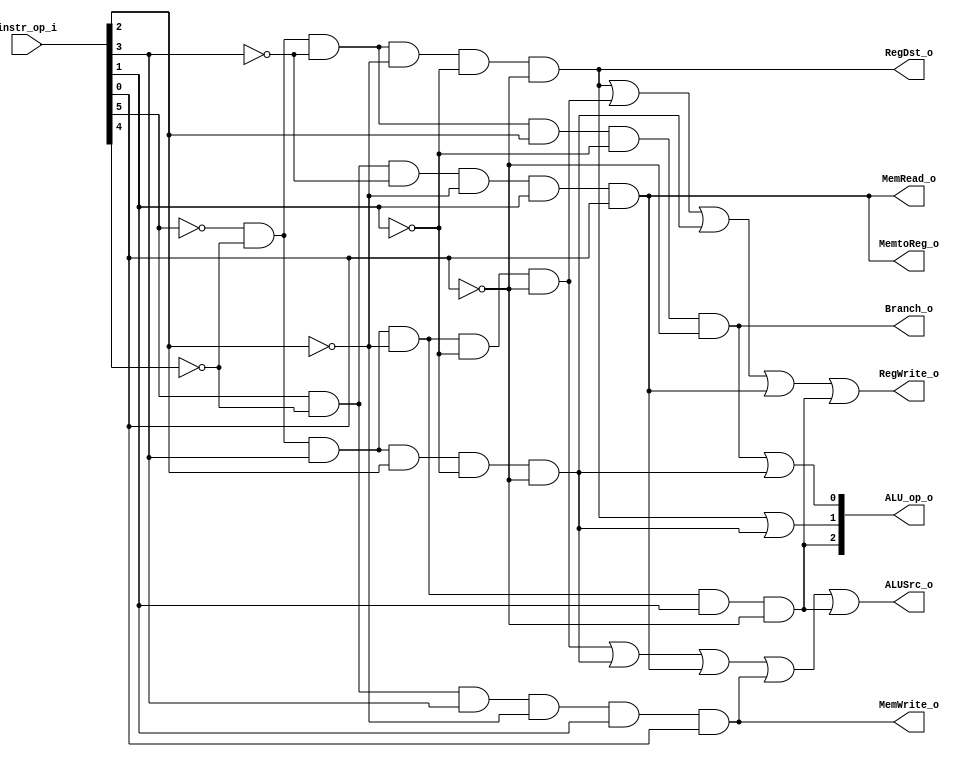
//Subject:     CO project 2 - Decoder
//--------------------------------------------------------------------------------
//Version:     1
//--------------------------------------------------------------------------------
//Writer:      Luke
//----------------------------------------------
//----------------------------------------------
//Description: 
//--------------------------------------------------------------------------------

module Decoder(
    instr_op_i , 

    Branch_o ,
    MemtoReg_o , 
    MemRead_o ,
    MemWrite_o ,
    ALU_op_o , 
    ALUSrc_o ,
	RegWrite_o ,    
	RegDst_o
	);
     
//I/O ports
input  [6-1:0] instr_op_i;


output           Branch_o ;
output           MemtoReg_o ;
output           MemRead_o ;
output           MemWrite_o ;
output  [3-1:0]  ALU_op_o ; 
output           ALUSrc_o ;
output	         RegWrite_o ;    
output           RegDst_o ;
 
//Internal Signals

wire           Branch_o ;
wire           MemtoReg_o ;
wire           MemRead_o ;
wire           MemWrite_o ;
wire  [3-1:0]  ALU_op_o ; 
wire           ALUSrc_o ;
wire	       RegWrite_o ;    
wire           RegDst_o ;

assign Branch_o=((~instr_op_i [5])&(~instr_op_i [4])&(~instr_op_i [3])&(instr_op_i [2])&(~instr_op_i [1])&(~instr_op_i [0])) ;  //000100(beq)                

assign MemtoReg_o=((instr_op_i [5])&(~instr_op_i [4])&(~instr_op_i [3])&(~instr_op_i [2])&(instr_op_i [1])&(instr_op_i [0])); //100011(lw)


assign MemRead_o=((instr_op_i [5])&(~instr_op_i [4])&(~instr_op_i [3])&(~instr_op_i [2])&(instr_op_i [1])&(instr_op_i [0])); //100011(lw)

assign MemWrite_o=((instr_op_i [5])&(~instr_op_i [4])&(instr_op_i [3])&(~instr_op_i [2])&(instr_op_i [1])&(instr_op_i [0])); //101011(sw)



assign ALU_op_o [1]=((~instr_op_i [5])&(~instr_op_i [4])&(~instr_op_i [3])&(~instr_op_i [2])&(~instr_op_i [1])&(~instr_op_i [0]))| //000000
                    ((~instr_op_i [5])&(~instr_op_i [4])&(instr_op_i [3])&(instr_op_i [2])&(~instr_op_i [1])&(~instr_op_i [0])); //, 001100(andi)
					
assign ALU_op_o [0]= ((~instr_op_i [5])&(~instr_op_i [4])&(~instr_op_i [3])&(instr_op_i [2])&(~instr_op_i [1])&(~instr_op_i [0]))|  //000100 (beq)
                     ((~instr_op_i [5])&(~instr_op_i [4])&(instr_op_i [3])&(instr_op_i [2])&(~instr_op_i [1])&(~instr_op_i [0]));//001100(andi)

assign ALU_op_o [2]=((~instr_op_i [5])&(~instr_op_i [4])&(instr_op_i [3])&(~instr_op_i [2])&(instr_op_i [1])&(~instr_op_i [0]));  //001010(slti)



assign ALUSrc_o=((~instr_op_i [5])&(~instr_op_i [4])&(instr_op_i [3])&(~instr_op_i [2])&(~instr_op_i [1])&(~instr_op_i [0])) |  //001000(addi)
                   ((~instr_op_i [5])&(~instr_op_i [4])&(instr_op_i [3])&(instr_op_i [2])&(~instr_op_i [1])&(~instr_op_i [0])) |   //001100(andi)
                   ((instr_op_i [5])&(~instr_op_i [4])&(~instr_op_i [3])&(~instr_op_i [2])&(instr_op_i [1])&(instr_op_i [0])) |    //100011(lw)
                   ((instr_op_i [5])&(~instr_op_i [4])&(instr_op_i [3])&(~instr_op_i [2])&(instr_op_i [1])&(instr_op_i [0])) |     //101011(sw)
                   ((~instr_op_i [5])&(~instr_op_i [4])&(instr_op_i [3])&(~instr_op_i [2])&(instr_op_i [1])&(~instr_op_i [0])) ;   //001010(slti)


assign RegWrite_o=(~instr_op_i [5])&(~instr_op_i [4])&(~instr_op_i [3])&(~instr_op_i [2])&(~instr_op_i [1])&(~instr_op_i [0]) |  //000000
                  ((~instr_op_i [5])&(~instr_op_i [4])&(instr_op_i [3])&(~instr_op_i [2])&(~instr_op_i [1])&(~instr_op_i [0])) | //001000(addi)
				  ((~instr_op_i [5])&(~instr_op_i [4])&(instr_op_i [3])&(instr_op_i [2])&(~instr_op_i [1])&(~instr_op_i [0])) |  //001100(andi)
				  ((instr_op_i [5])&(~instr_op_i [4])&(~instr_op_i [3])&(~instr_op_i [2])&(instr_op_i [1])&(instr_op_i [0])) |   //100011(lw)
				  ((~instr_op_i [5])&(~instr_op_i [4])&(instr_op_i [3])&(~instr_op_i [2])&(instr_op_i [1])&(~instr_op_i [0])) ;  //001010(slti)


assign RegDst_o=((~instr_op_i [5])&(~instr_op_i [4])&(~instr_op_i [3])&(~instr_op_i [2])&(~instr_op_i [1])&(~instr_op_i [0]));//000000

endmodule